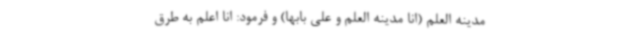
مدینه العلم (انا مدینه العلم و علی بابها) و فرمود: انا اعلم به طرق